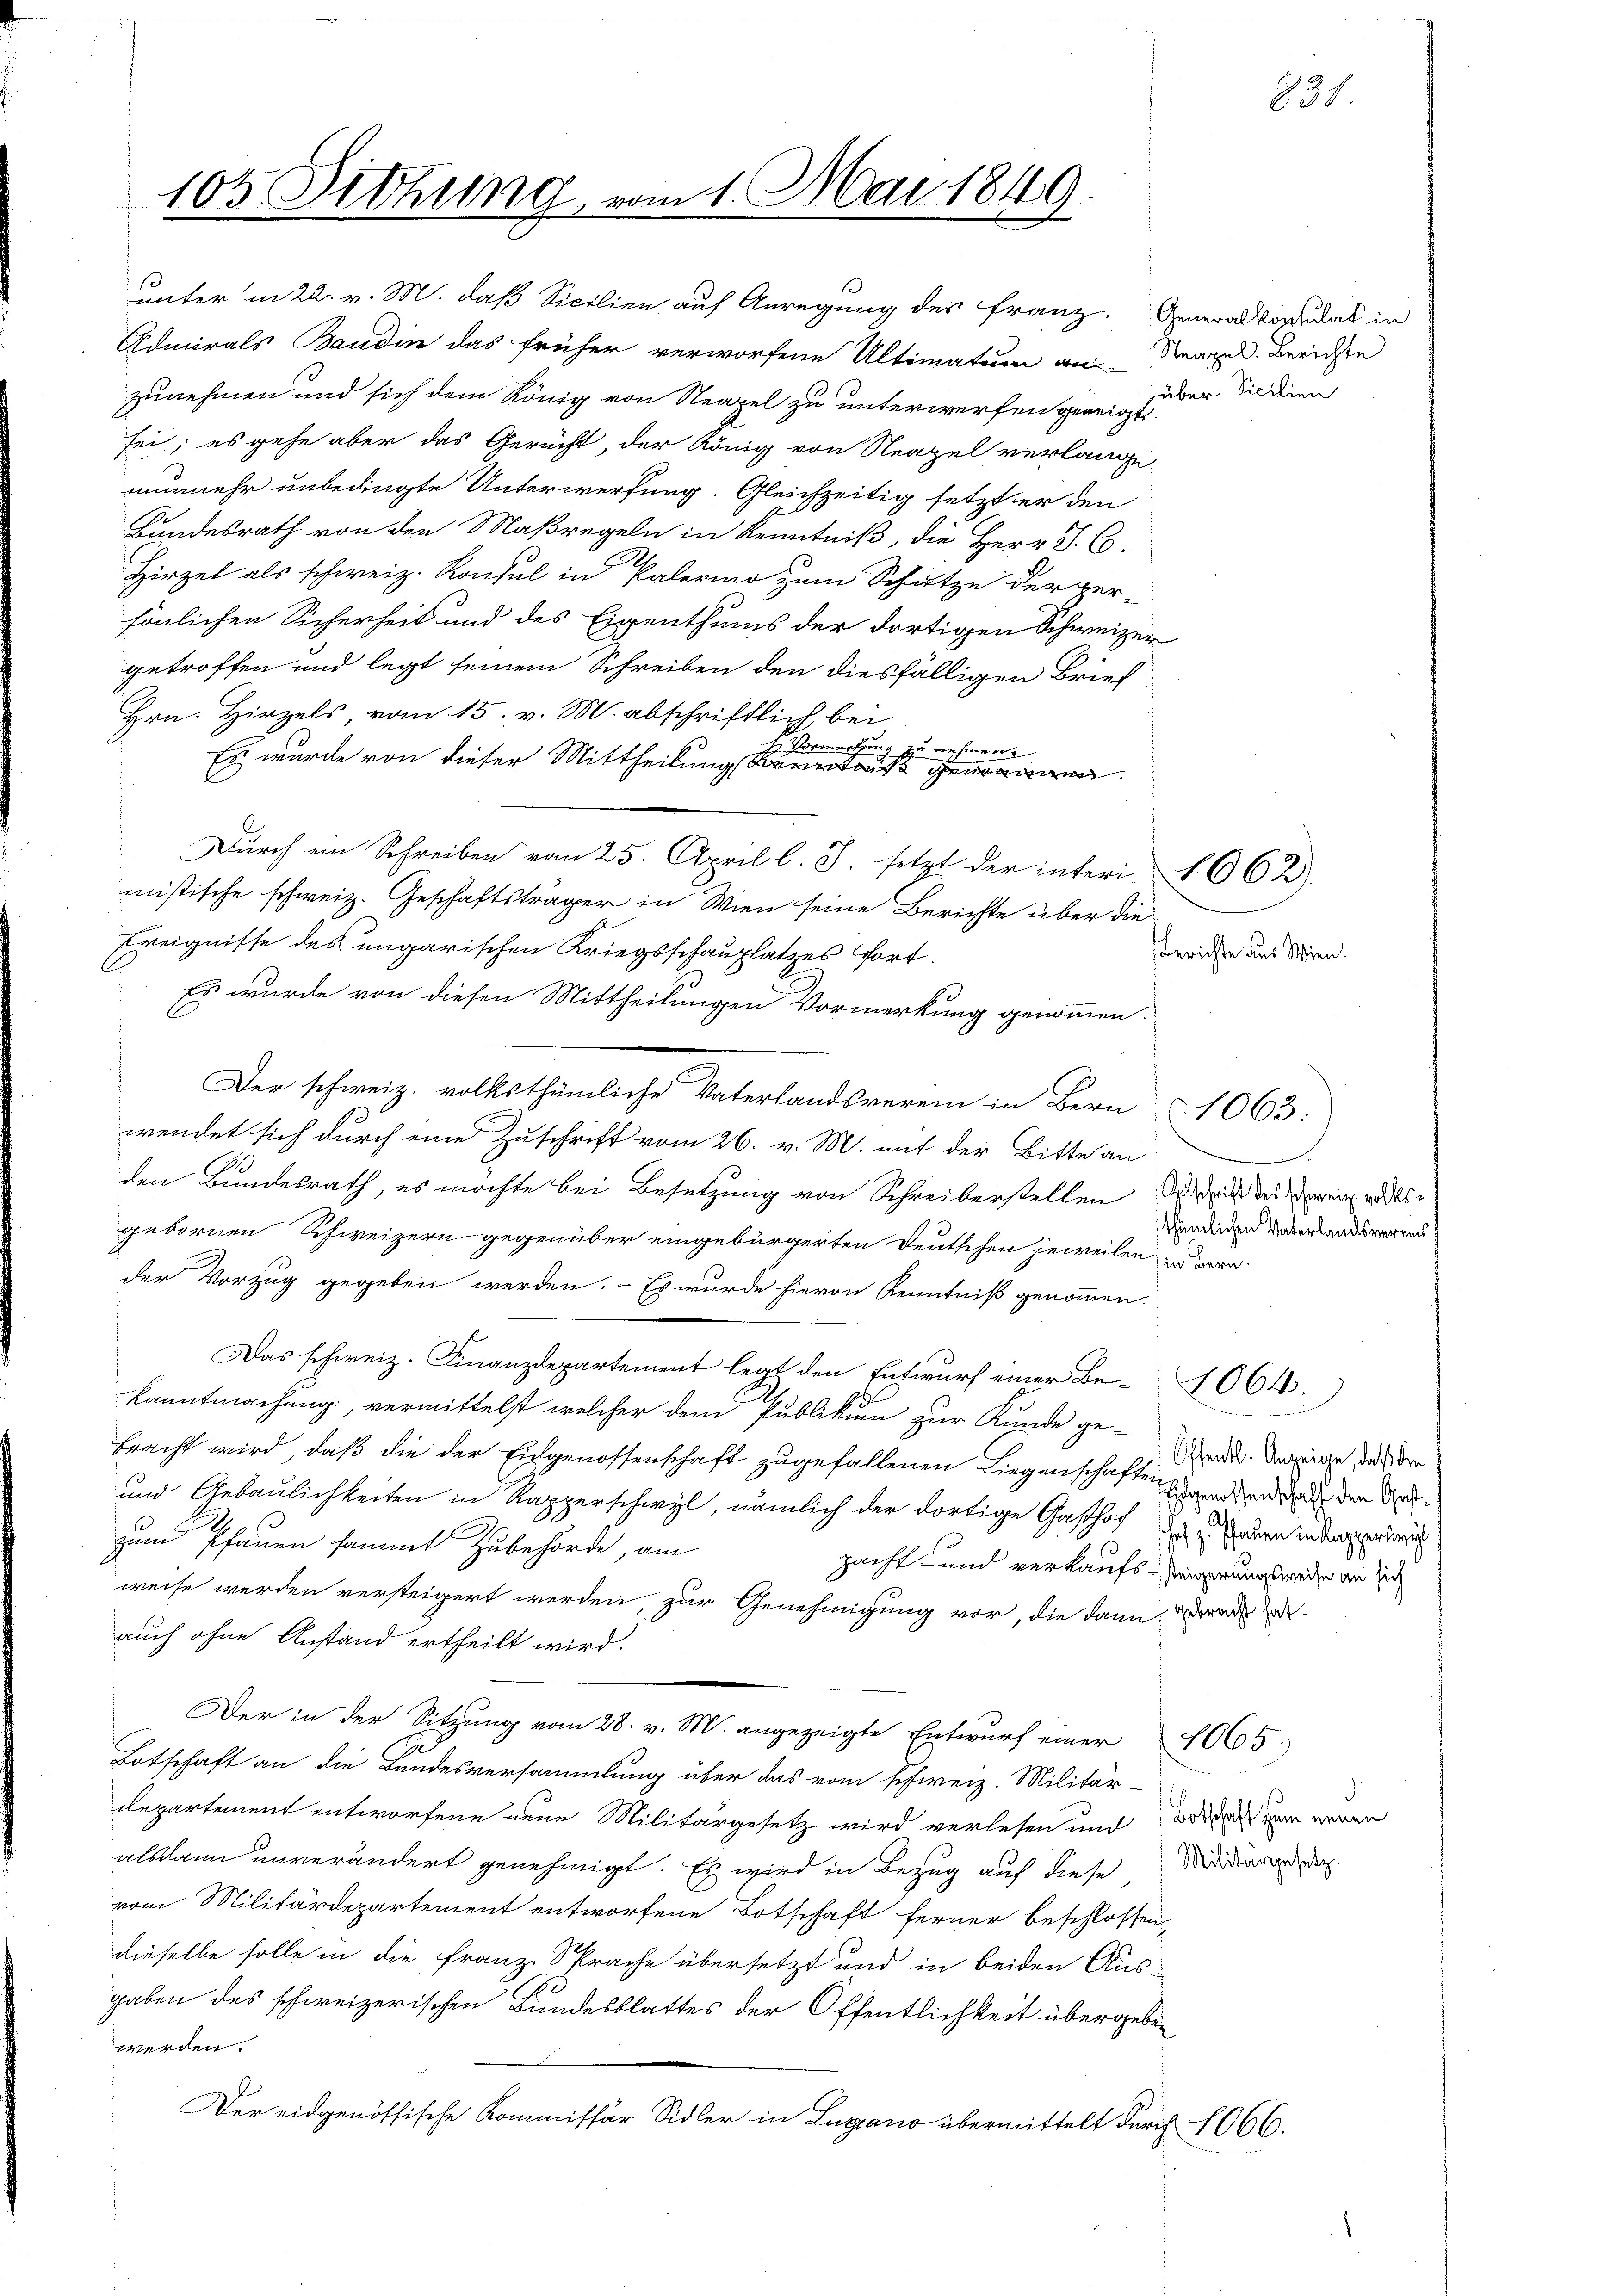
105 Sitzung

n 1. Mai 1849.

zunehmen und sich dem König von Neapel zu unterwerfen geneig zu der Sieden
sei; es gehe aber das Gericht, der König von Neapel verlange-
nunmehr unbedingte Unterwerfung. Gleichzeitig setzt er den
Bundesrath von den Maßregeln in Kenntniß, die Herr J. C.
Hirzel als schweiz. Konsul in Palermo zum Schutze der per-
sönlichen Sicherheit und des Eigenthums der dortigen Schweizer
getroffen und legt seinem Schreiben den diesfälligen Brief
Hrn. Hirzels, vom 15. v. M. abschriftlich bei
E
t Vormerku
zu nehmen.
Es wurde von dieser Mittheilung gena
Durch ein Schreiben vom 25. April l. J. setzt der interi-1662)
mistische schweiz. Geschäftsträger in Wien seine Berichte über die
Ereignisse des ungarischen Kriegsschauplatzes fort.
Es wurde von diesen Mittheilungen Vormerkung genommen.
wendet sich durch eine Zuschrift vom 26. v. M. mit der Bitte an
den Bundesrath, es möchte bei Besetzung von Schreiberstellen durch des Verein, wordes
gebornen Schweizern gegenüber eingebürgerten Deutschen jeweilen zu werder Vorzug gegeben werden. - Es wurde hievon Kenntniß genommen.
Das schweiz. Finanzdepartement legt den Entwurf einer Be- 1064.)
kanntmachung, vermittelst welcher dem Publikum zur Kunde ge-
bracht wird, daß die der Eidgenossenschaft zugefallenen Liegenschaften andenden den da¬
und Gebäulichkeiten in Rapperschwyl, nämlich der dortige Gasthof der Dauern in den
zum Pfauen sammt Zubehörde, am
pacht- und verkaufs-Reigerungsweise an sich
weise werden versteigert werden, zur Genehmigung vor, die dann
auch ohne Anstand ertheilt wird.
Der in der Sitzung vom 28. v. M. angezeigte Entwurf einer 4065
.
Lotschaft an die Landesversammlung über das vom schweiz. Militär-
departement entworfene nene Militärgesetz wird verlesen und die in wegen
alsdann unverändert genehmigt. Es wird in Bezug auf diese Minderend de
vom Militärdepartement entworfene Botschaft ferner beschlossen,
dieselbe solle in die Franz. Sprache übersetzt und in beiden Aus-
gaben des schweizerischen Bundesblattes der Öffentlichkeit übergeben
werden.
Der eidgenössische Kommissär Sidler in Lugano übermittelt durch 1066.

unter in 22. v. M. daß Sicilien auf Anregung des Franz. General Vordat in
Admirals Baudin das früher verworfene Ultimatum an Neapel. Berichte

Der schweiz. volksthümliche Vaterlandsverein in Bern 1063:

thümlichen Vaterlandesvereins

831.

Berichte aus Wien.

Öffentl. Anzeige, daß die

racht hat.